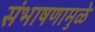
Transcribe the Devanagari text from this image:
संभाषणामुळे